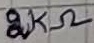
Text: 2KΩ